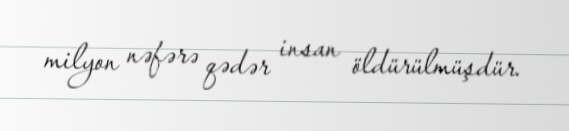
milyon nəfərə qədər insan öldürülmüşdür.